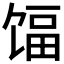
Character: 𬳃